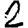
Digit: 2